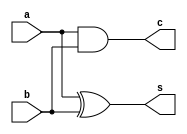
`timescale 1ns / 1ps
//////////////////////////////////////////////////////////////////////////////////
// Company: 
// Engineer: 
// 
// Design Name: 
// Module Name: half_adder
// Project Name: 
// Target Devices: 
// Tool Versions: 
// Description: 
// 
// Dependencies: 
// 
// Revision:
// Revision 0.01 - File Created
// Additional Comments:
// 
//////////////////////////////////////////////////////////////////////////////////


module half_adder(
    input a,
    input b,
    output s,
    output c
    );
    
    
    // half adder expression
    assign s= a ^ b;
    assign c= a & b;
endmodule